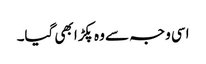
اسی وجہ سے وہ پکڑا بھی گیا۔